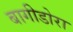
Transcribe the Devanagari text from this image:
बागीडोरा